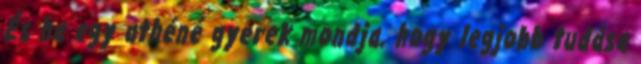
És ha egy athéné gyerek mondja, hogy legjobb tudása